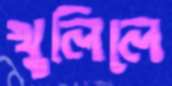
খুলিলে